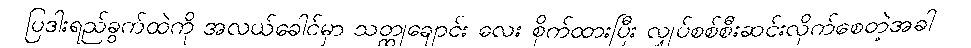
ပြဒါးရည်ခွက်ထဲကို အလယ်ခေါင်မှာ သတ္ထုချောင်း လေး စိုက်ထားပြီး လျှပ်စစ်စီးဆင်းလိုက်စေတဲ့အခါ